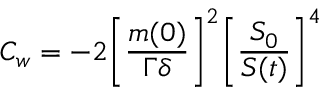
C _ { w } = - 2 \bigg [ \frac { m ( 0 ) } { \Gamma \delta } \bigg ] ^ { 2 } \bigg [ \frac { S _ { 0 } } { S ( t ) } \bigg ] ^ { 4 }